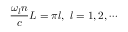
\frac { \omega _ { l } n } { c } L = \pi l , \ l = 1 , 2 , \cdots